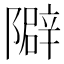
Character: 隦